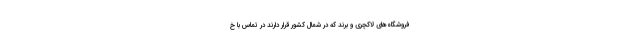
فروشگاه‌های لاکچری و برند که در شمال کشور قرار دارند در تماس با خ